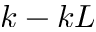
k - k L